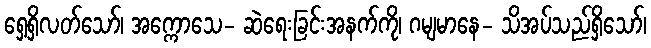
ရှေ့ရှိလတ်သော်၊ အက္ကောသေ- ဆဲရေးခြင်းအနက်ကို၊ ဂမျမာနေ- သိအပ်သည်ရှိသော်၊